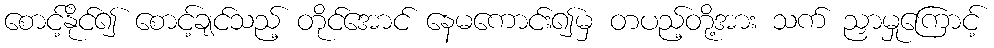
စောင့်နိုင်၍ စောင့်ချင်သည့် တိုင်အောင် နေမကောင်း၍မှ တပည့်တို့အား သက် ညှာမှုကြောင့်